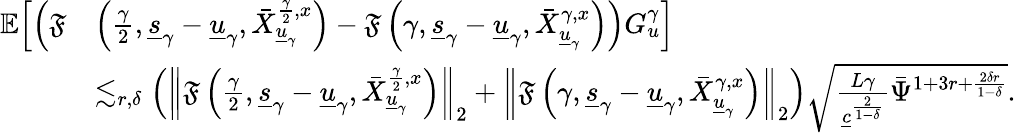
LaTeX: \begin{array}{rl}{\mathbb{E}\Big[\Big(\mathfrak{F}}&{\left(\frac{\gamma}{2},\underline{{s}}_{\gamma}-\underline{{u}}_{\gamma},\bar{X}_{\underline{{u}}_{\gamma}}^{\frac{\gamma}{2},x}\right)-\mathfrak{F}\left({\gamma},\underline{{s}}_{\gamma}-\underline{{u}}_{\gamma},\bar{X}_{\underline{{u}}_{\gamma}}^{\gamma,x}\right)\Big)G_{u}^{\gamma}\Big]}\\ &{\lesssim_{r,\delta}\left(\left\| \mathfrak{F}\left(\frac{\gamma}{2},\underline{{s}}_{\gamma}-\underline{{u}}_{\gamma},\bar{X}_{\underline{{u}}_{\gamma}}^{\frac{\gamma}{2},x}\right)\right\| _{2}+\left\| \mathfrak{F}\left({\gamma},\underline{{s}}_{\gamma}-\underline{{u}}_{\gamma},\bar{X}_{\underline{{u}}_{\gamma}}^{\gamma,x}\right)\right\| _{2}\right)\sqrt{\frac{L\gamma}{\underline{{c}}^{\frac{2}{1-\delta}}}\bar{\Psi}^{1+3r+\frac{2\delta r}{1-\delta}}}.}\end{array}